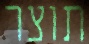
תוצר